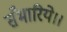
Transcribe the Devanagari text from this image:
सँभारिये।।